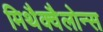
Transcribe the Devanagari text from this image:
मिथैक्वैलोन्स